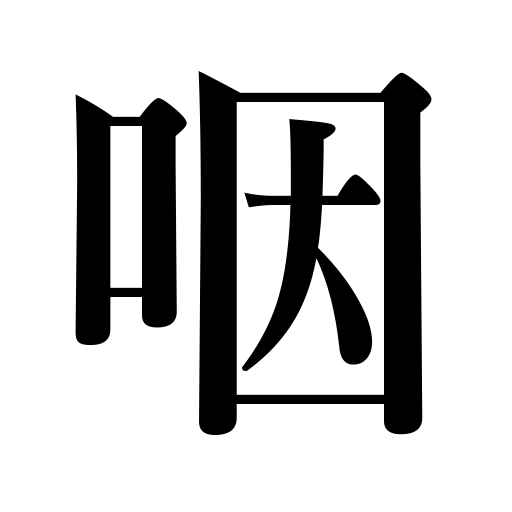
Meanings: be choked,be smothered